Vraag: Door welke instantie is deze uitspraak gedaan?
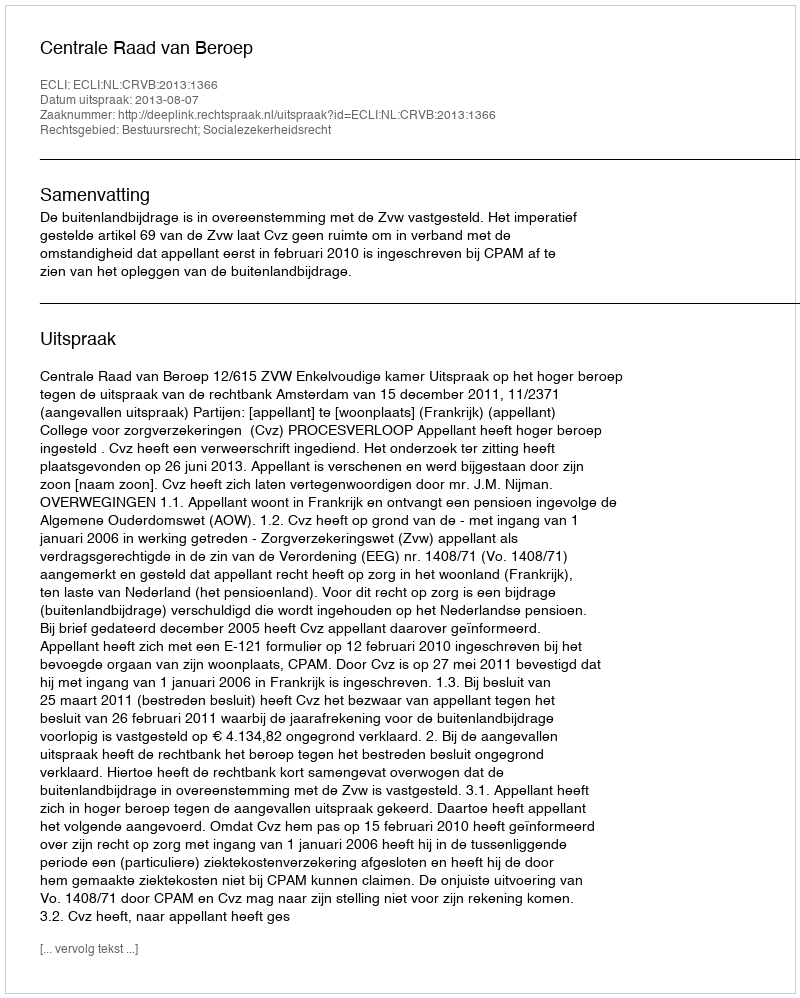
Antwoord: Centrale Raad van Beroep